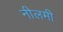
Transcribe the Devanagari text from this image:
नीलमी